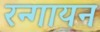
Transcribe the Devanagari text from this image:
रन्गायन